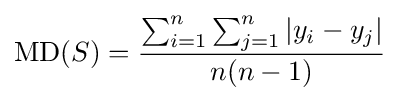
\mathrm {MD} (S)={\frac {\sum _{i=1}^{n}\sum _{j=1}^{n}|y_{i}-y_{j}|}{n(n-1)}}